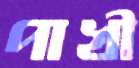
পাখী